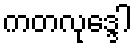
ကတလုဒ္ဒေါ